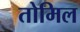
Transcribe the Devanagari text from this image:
तोमिल